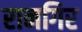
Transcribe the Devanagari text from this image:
रानगिर